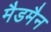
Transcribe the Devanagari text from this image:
मैडमैन